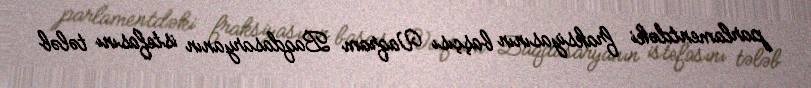
parlamentdəki fraksiyasının başçısı Vaqram Baqdasaryanın istefasını tələb